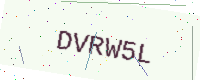
Text: DVRW5L